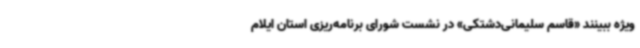
ویژه ببینند «قاسم سلیمانی‌دشتکی» در نشست شورای برنامه‌ریزی استان ایلام